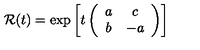
{ \cal R } ( t ) = { \exp } \left[ { \displaystyle t } \left( \begin{array} { c c } { a } & { c } \\ { b } & { - a } \\ \end{array} \right) \right]